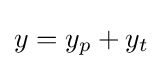
y=y_{p}+y_{t}